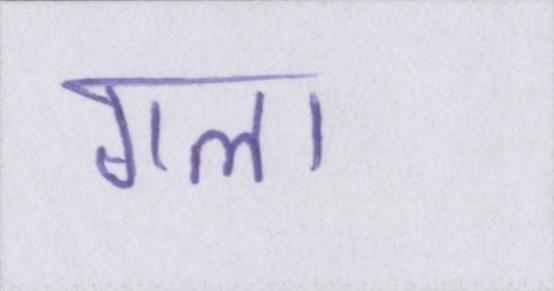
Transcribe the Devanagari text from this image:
गला